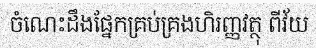
ចំណេះដឹងផ្នែកគ្រប់គ្រងហិរញ្ញវត្ថុ ពីវ័យ